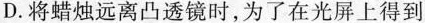
D. 将蜡烛远离凸透镜时，为了在光屏上得到